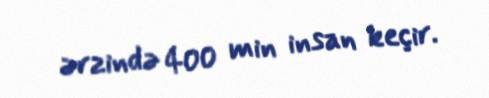
ərzində 400 min insan keçir.